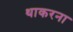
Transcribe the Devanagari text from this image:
थाकरना